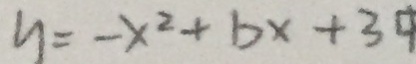
y = - x ^ { 2 } + b x + 3